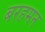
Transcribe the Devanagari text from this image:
बरहमन